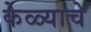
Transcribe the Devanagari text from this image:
केळ्याचे